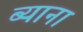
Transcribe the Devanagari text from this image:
ब्याना